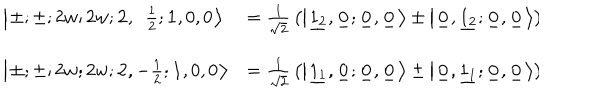
LaTeX: \begin{array} { l l } { { \left| \ \! \pm ; \pm ; 2 w ; 2 w ; { \mathbf 2 } , \ \ { \frac { 1 } { 2 } } ; { \mathbf 1 } , 0 , 0 \ \! \right\rangle } } & { { = { \frac { 1 } { \sqrt { 2 } } } \left( \left| \ \! \underline { { { 1 _ { 2 } } } } , \underline { { { 0 _ { } } } } ; \underline { { { 0 _ { } } } } , \underline { { { 0 _ { } } } } \ \! \right\rangle \pm \left| \ \! \underline { { { 0 _ { } } } } , \underline { { { 1 _ { 2 } } } } ; \underline { { { 0 _ { } } } } , \underline { { { 0 _ { } } } } \ \! \right\rangle \right) } } \\ { { \left| \ \! \pm ; \pm ; 2 w ; 2 w ; { \mathbf 2 } , - { \frac { 1 } { 2 } } ; { \mathbf 1 } , 0 , 0 \ \! \right\rangle } } & { { = { \frac { 1 } { \sqrt { 2 } } } \left( \left| \ \! \underline { { { 1 _ { 1 } } } } , \underline { { { 0 _ { } } } } ; \underline { { { 0 _ { } } } } , \underline { { { 0 _ { } } } } \ \! \right\rangle \pm \left| \ \! \underline { { { 0 _ { } } } } , \underline { { { 1 _ { 1 } } } } ; \underline { { { 0 _ { } } } } , \underline { { { 0 _ { } } } } \ \! \right\rangle \right) } } \\ \end{array} \hspace { 1 . 0 c m }